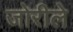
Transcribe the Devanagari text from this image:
जोरीले